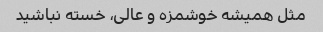
مثل همیشه خوشمزه و عالی، خسته نباشید